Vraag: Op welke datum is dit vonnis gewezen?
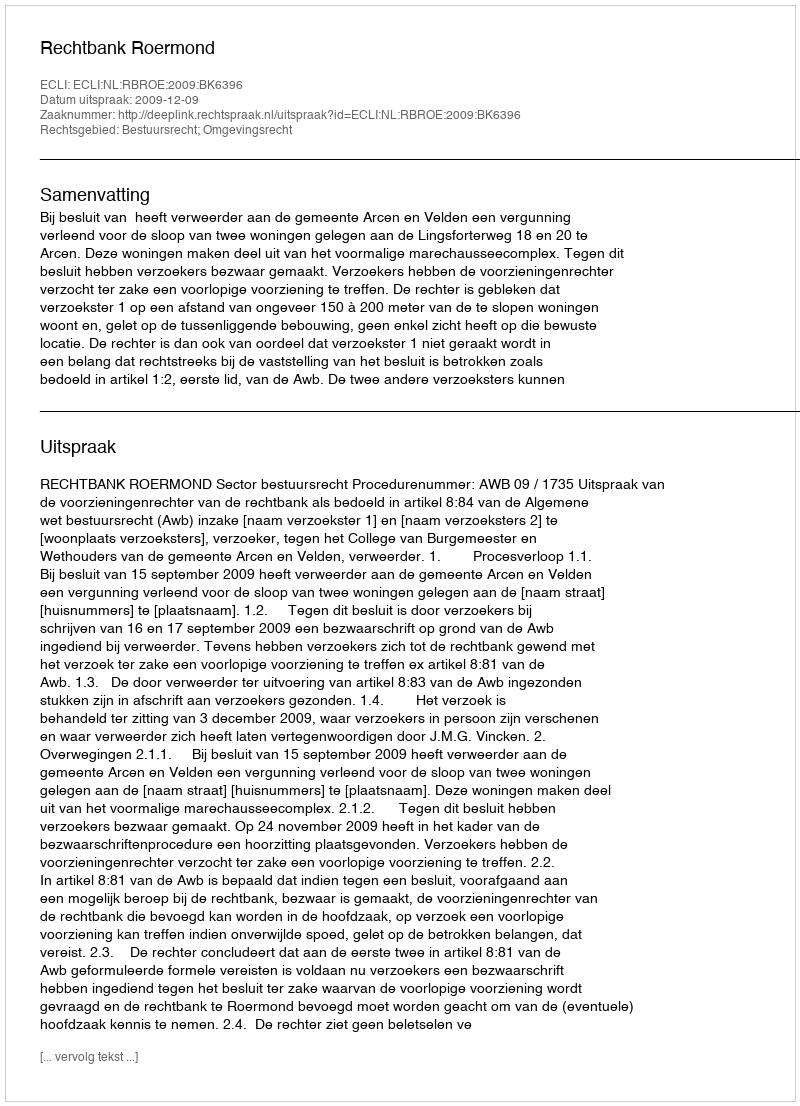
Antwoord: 2009-12-09